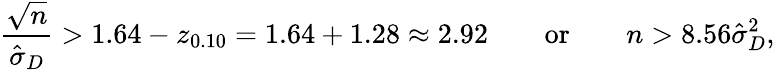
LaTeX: {\frac{\sqrt{n}}{{\hat{\sigma}}_{D}}}>1.64-z_{0.10}=1.64+1.28\approx 2.92\qquad{\mathrm{or}}\qquad n>8.56{\hat{\sigma}}_{D}^{2},